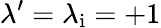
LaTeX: \lambda^{\prime}=\lambda_{\mathrm{i}}=+1